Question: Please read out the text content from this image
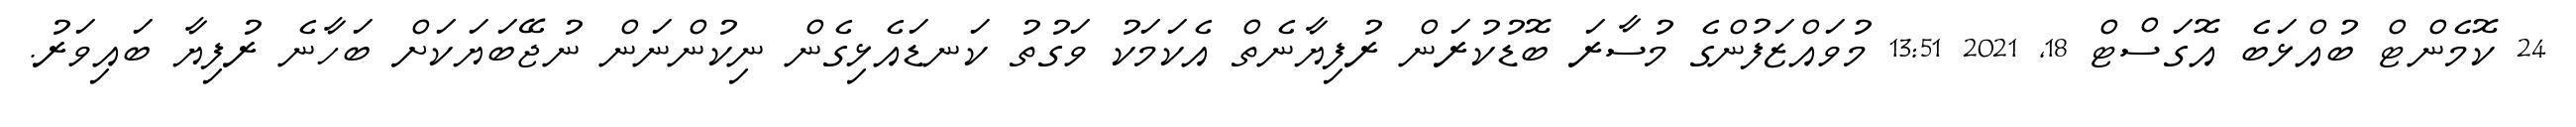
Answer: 24 ކޮމެންޓް ބުއްޅަބެ އޮގަސްޓް 18, 2021 13:51 މުވައްޒަފުންގެ މުސާރަ ބޮޑުކުރަން ރުފިޔާނެތް އެކަމަކު ވަގުތު ކަނޑައެޅިގެން ނިކުންނަން ނުޖޭބަޔަކަށް ބަހާނެ ރުފިޔާ ބައިވަރު.